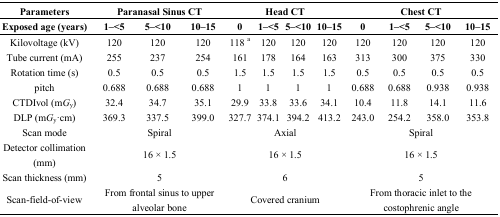
<table><thead><tr><td><b>Parameters</b></td><td colspan="3"><b>Paranasal Sinus CT</b></td><td colspan="4"><b>Head CT </b></td><td colspan="4"><b>Chest CT </b></td></tr><tr><td><b>Exposed age (years)</b></td><td><b>1–&lt;5</b></td><td><b>5–&lt;10</b></td><td><b>10–15</b></td><td><b>0</b></td><td><b>1–&lt;5</b></td><td><b>5–&lt;10</b></td><td><b>10–15</b></td><td><b>0</b></td><td><b>1–&lt;5</b></td><td><b>5–&lt;10</b></td><td><b>10–15</b></td></tr></thead><tbody><tr><td>Kilovoltage (kV)</td><td>120</td><td>120</td><td>120</td><td>118 <sup>a</sup></td><td>120</td><td>120</td><td>120</td><td>120</td><td>120</td><td>120</td><td>120</td></tr><tr><td>Tube current (mA)</td><td>255</td><td>237</td><td>254</td><td>161</td><td>178</td><td>164</td><td>163</td><td>313</td><td>300</td><td>375</td><td>330</td></tr><tr><td>Rotation time (s)</td><td>0.5</td><td>0.5</td><td>0.5</td><td>1.5</td><td>1.5</td><td>1.5</td><td>1.5</td><td>0.5</td><td>0.5</td><td>0.5</td><td>0.5</td></tr><tr><td>pitch</td><td>0.688</td><td>0.688</td><td>0.688</td><td>1</td><td>1</td><td>1</td><td>1</td><td>0.688</td><td>0.688</td><td>0.938</td><td>0.938</td></tr><tr><td>CTDIvol (m<i>G</i>y)</td><td>32.4</td><td>34.7</td><td>35.1</td><td>29.9</td><td>33.8</td><td>33.6</td><td>34.1</td><td>10.4</td><td>11.8</td><td>14.1</td><td>11.6</td></tr><tr><td>DLP (m<i>G</i>y·cm)</td><td>369.3</td><td>337.5</td><td>399.0</td><td>327.7</td><td>374.1</td><td>394.2</td><td>413.2</td><td>243.0</td><td>254.2</td><td>358.0</td><td>353.8</td></tr><tr><td>Scan mode</td><td colspan="3">Spiral</td><td colspan="4">Axial</td><td colspan="4">Spiral</td></tr><tr><td>Detector collimation (mm)</td><td colspan="3">16 × 1.5</td><td colspan="4">16 × 1.5</td><td colspan="4">16 × 1.5</td></tr><tr><td>Scan thickness (mm)</td><td colspan="3">5</td><td colspan="4">6</td><td colspan="4">5</td></tr><tr><td>Scan-field-of-view</td><td colspan="3">From frontal sinus to upper alveolar bone</td><td colspan="4">Covered cranium</td><td colspan="4">From thoracic inlet to the costophrenic angle</td></tr></tbody></table>